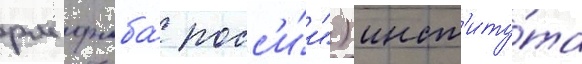
рм фмба́ росс'и́и") инст'иту́та